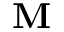
\mathbf { M }